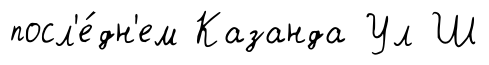
посл'е́дн'ем Казанда Ул Ш